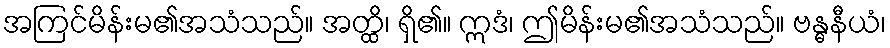
အကြင်မိန်းမ၏အသံသည်။ အတ္ထိ၊ ရှိ၏။ ဣဒံ၊ ဤမိန်းမ၏အသံသည်။ ဗန္ဓနီယံ၊